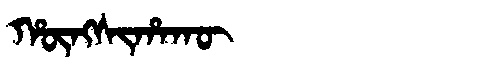
Manchu: ᡥᡡᠩᠰᡳᡥᠠᡴᡡ
Romanization: HŪNGSIHAKŪ